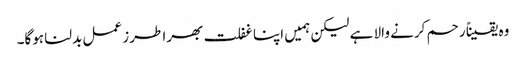
وہ یقیناً رحم کرنے والا ہے لیکن ہمیں اپنا غفلت بھرا طرز عمل بدلنا ہوگا۔